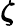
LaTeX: \boldsymbol{\zeta}